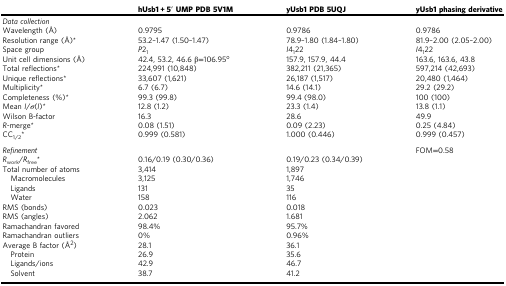
<table><thead><tr><td></td><td><b>hUsb1 + 5′ UMP PDB 5V1M</b></td><td><b>yUsb1 PDB 5UQJ</b></td><td><b>yUsb1 phasing derivative</b></td></tr></thead><tbody><tr><td colspan="4"><i>Data collection</i></td></tr><tr><td>Wavelength (Å)</td><td>0.9795</td><td>0.9786</td><td>0.9786</td></tr><tr><td>Resolution range (Å)*</td><td>53.2–1.47 (1.50–1.47)</td><td>78.9–1.80 (1.84–1.80)</td><td>81.9–2.00 (2.05–2.00)</td></tr><tr><td>Space group</td><td><i>P</i>2<sub>1</sub></td><td><i>I</i>4<sub>1</sub>22</td><td><i>I</i>4<sub>1</sub>22</td></tr><tr><td>Unit cell dimensions (Å)</td><td>42.4, 53.2, 46.6 β=106.95<sup>o</sup></td><td>157.9, 157.9, 44.4</td><td>163.6, 163.6, 43.8</td></tr><tr><td>Total reflections*</td><td>224,991 (10,848)</td><td>382,211 (21,365)</td><td>597,214 (42,693)</td></tr><tr><td>Unique reflections*</td><td>33,607 (1,621)</td><td>26,187 (1,517)</td><td>20,480 (1,464)</td></tr><tr><td>Multiplicity*</td><td>6.7 (6.7)</td><td>14.6 (14.1)</td><td>29.2 (29.2)</td></tr><tr><td>Completeness (%)*</td><td>99.3 (99.8)</td><td>99.4 (98.0)</td><td>100 (100)</td></tr><tr><td>Mean <i>I</i>/<i>σ</i>(<i>I</i>)*</td><td>12.8 (1.2)</td><td>23.3 (1.4)</td><td>13.8 (1.1)</td></tr><tr><td>Wilson B-factor</td><td>16.3</td><td>28.6</td><td>49.9</td></tr><tr><td><i>R</i>-merge*</td><td>0.08 (1.51)</td><td>0.09 (2.23)</td><td>0.25 (4.84)</td></tr><tr><td>CC<sub>1/2</sub>*</td><td>0.999 (0.581)</td><td>1.000 (0.446)</td><td>0.999 (0.457)</td></tr><tr><td><i>Refinement</i></td><td></td><td></td><td>FOM=0.58</td></tr><tr><td><i>R</i><sub>work</sub>/<i>R</i><sub>free</sub>*</td><td>0.16/0.19 (0.30/0.36)</td><td>0.19/0.23 (0.34/0.39)</td><td></td></tr><tr><td>Total number of atoms</td><td>3,414</td><td>1,897</td><td></td></tr><tr><td> Macromolecules</td><td>3,125</td><td>1,746</td><td></td></tr><tr><td> Ligands</td><td>131</td><td>35</td><td></td></tr><tr><td> Water</td><td>158</td><td>116</td><td></td></tr><tr><td>RMS (bonds)</td><td>0.023</td><td>0.018</td><td></td></tr><tr><td>RMS (angles)</td><td>2.062</td><td>1.681</td><td></td></tr><tr><td>Ramachandran favored</td><td>98.4%</td><td>95.7%</td><td></td></tr><tr><td>Ramachandran outliers</td><td>0%</td><td>0.96%</td><td></td></tr><tr><td>Average B factor (Å<sup>2</sup>)</td><td>28.1</td><td>36.1</td><td></td></tr><tr><td> Protein</td><td>26.9</td><td>35.6</td><td></td></tr><tr><td> Ligands/ions</td><td>42.9</td><td>46.7</td><td></td></tr><tr><td> Solvent</td><td>38.7</td><td>41.2</td><td></td></tr></tbody></table>